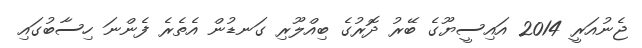
ޖެނުއަރީ 2014 އައިސީޔޫގެ ބޭރު ދޮރުގެ ބިއްލޫރި ގަނޑުން އެތެރެ ފެންނަ ހިސާބުގައި